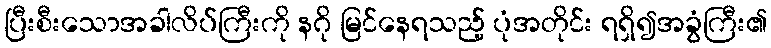
ပြီးစီးသောအခါလိပ်ကြီးကို နဂို မြင်နေရသည့် ပုံအတိုင်း ရရှိ၍အခွံကြီး၏